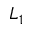
L _ { 1 }